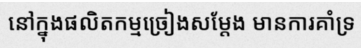
នៅក្នុងផលិតកម្មច្រៀងសម្តែង មានការគាំទ្រ